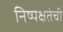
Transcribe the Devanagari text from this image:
निष्‍पक्षतेची